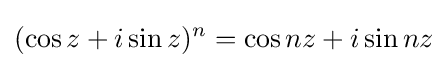
(\cos z+i\sin z)^{n}=\cos {nz}+i\sin {nz}